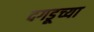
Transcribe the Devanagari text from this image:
दगडूच्या